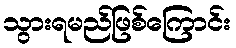
သွားရမည်ဖြစ်ကြောင်း